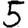
Digit: 5